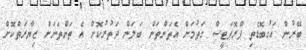
ބޭރުން އަގުބޮޑެތި ޕްރޮޕަޓީސް ގަތުމަށް އެތަންތަން ބަލަން ދަތުރުކޮށް އެ ތަންތަނަށް ޒިޔާރަތްކޮށް